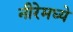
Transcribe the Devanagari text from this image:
नीरेमध्ये